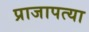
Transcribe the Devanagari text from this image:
प्राजापत्या